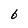
Character: b